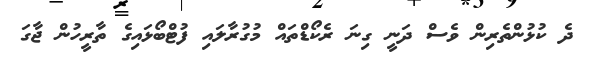
ދެ ކުޅުންތެރިން ވެސް ދަނީ ގިނަ ރެކޯޑްތައް މުގުރާލައި ފުޓްބޯޅައިގެ ތާރީހުން ޖާގަ